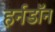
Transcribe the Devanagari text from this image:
हर्नडॉन